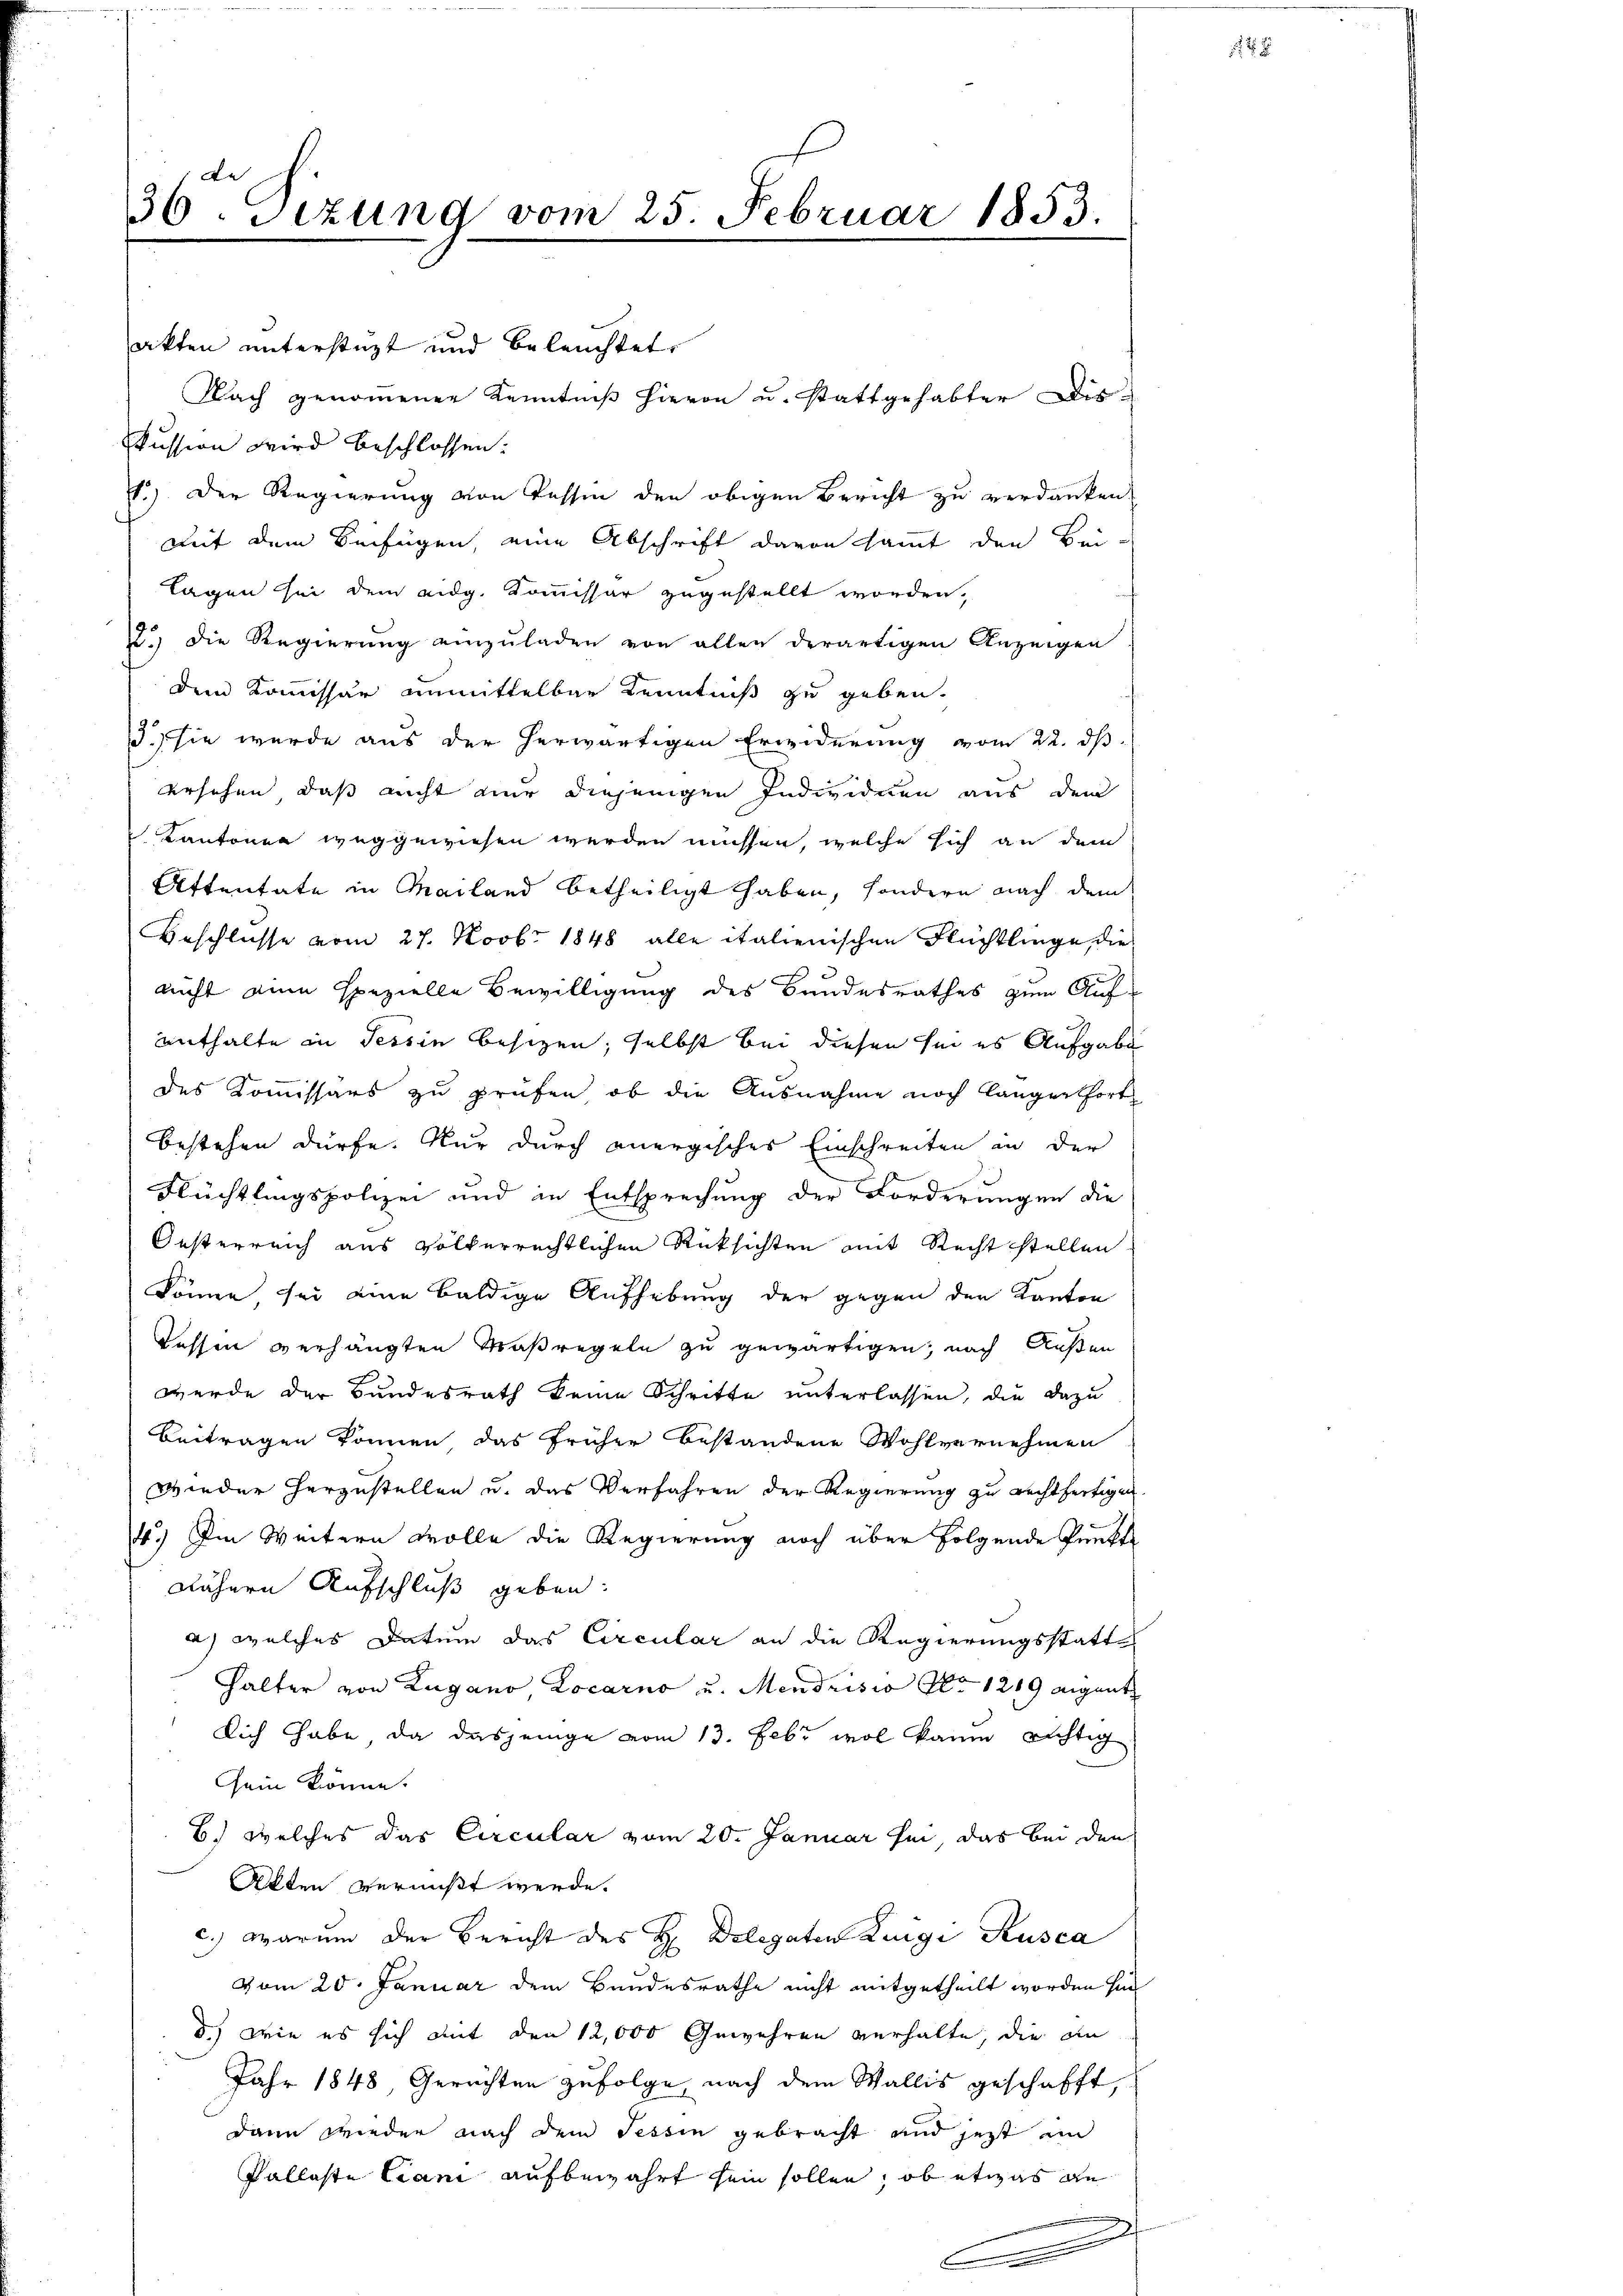
36 Sizung vom 25. Februar 1853.
¬

akten unterstüzt und beleuchtet,
kussion wird beschlossen:
1.) Der Regierung von Tessin den obigen Bericht zu verdanken,
mit dem Beifügen, eine Abschrift davon sammt den Bei-
Tagen sei dem eidg. Kommissar zugestellt worden,
22.) Die Regierung einzuladen von allen derartigen Anzeigen
dem Kommissär unmittelbar Kenntniß zu geben.
3.) Sie wurde aus der herwärtigen Erwiderung vom 22. ds
ersehen, daß nicht nur diejenigen Individuen aus den
Kantonen weggewiesen werden müssen, welche sich an dem
Attentate in Mailand betheiligt haben, sondern nach dem
Beschlusse vom 27. Novbr. 1848 alle italienischen Flüchtlinge, die
nicht eine spezielle Bewilligung des Bundesrathes zum Auf-
enthalte in Tessin besitzen, selbst bei diesen sei es Aufgabe
des Kommissärs zu prüfen, ob die Ausnahme noch länger fort
bestehen dürfe. Nur durch anergisches Einschreiten in der
Flüchtlingspolizei und in Entsprechung der Forderungen die
Oesterreich aus völkerrechtlichen Rücksichten mit Recht stellen.
könne sei eine baldige Aufhebung der gegen den Kanton
Kessen verhängten Maßregeln zu gewärtigen, nach Außen
werde der Bundesrath keine Schritte unterlassen, die dazu
Beitragen können, das früher bestandene Wohlvernehmen
wieder herzustellen u. das Verfahren der Regierung zu rechtfertigen.
4.) Im Weitern wolle die Regierung noch über folgende Punkte
nähern Aufschluß geben.
a) welches Datum das Circular an die Regierungsstatt¬
Halter von Lugano, Locarno u. Mendrisio No 1219 eigent
Dich habe, da dasjenige vom 13. Febr wol kaum richtig
sein könne.
B.) welches das Circular vom 20. Januar sei, das bei den
Allen vermißt werde.
c.) warum der Bericht des H. Delegaten Luigi Kusca
vom 20. Januar dem Bandesrathe nicht mitgetheilt worden hin
d.) Wie es sich mit den 12,000 Gewehren verhalte, die an
Jahr 1848, Gerichten zufolge, nach dem Wallis geschafft,
dann wieder nach dem Tessin gebracht und jetzt un
Pallaste Cani aufbewahrt sein sollen, ob etwas an
e

Nach genommener Kenntniß hievon u. stattgehabter Dis-